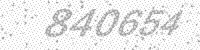
Solution: 840654